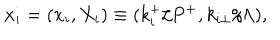
{ \bf x } _ { i } = ( x _ { i } , X _ { i } ) \equiv ( k _ { i } ^ { + } / P ^ { + } , k _ { i \perp } / \Lambda ) ,